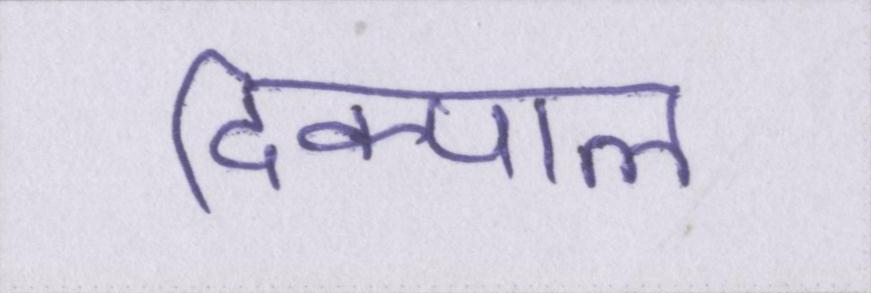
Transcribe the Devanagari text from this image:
दिक्पाल